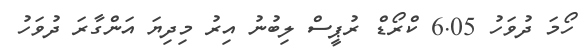
ހޯމަ ދުވަހު 6.05 ކްރޯޑް ރުޕީސް ލިބުނު އިރު މިދިޔަ އަންގާރަ ދުވަހު